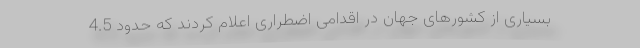
بسیاری از کشورهای جهان در اقدامی اضطراری اعلام کردند که حدود 4.5